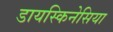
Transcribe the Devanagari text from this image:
डायस्किनेसिया